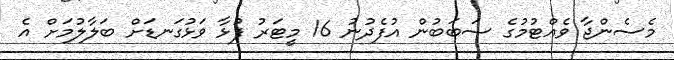
މެސެންޖާ ވެއްޓުމުގެ ސަބަބުން އުފެދުނު 16 މީޓަރު ފުޅާ ވަޅުގަނޑަށް ބަލާލުމަށް އެ